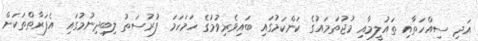
އަދި ސިއްހަތާއި ތައުލީމާއި މުޖުތަމައުގެ ކަންކަމުގައި ބައިވެރިވުމުގެ ހަމަހަމަ ފުރުސަތު ލިބިދިނުމުގައި އެފަރާތްތަކަށް